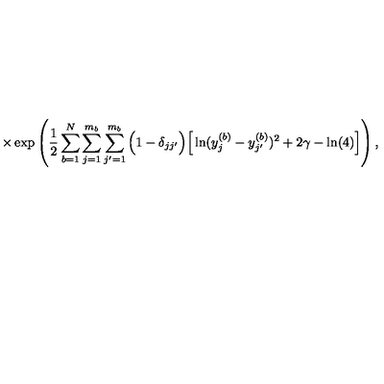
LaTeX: \times \exp \left( \frac { 1 } { 2 } \sum _ { b = 1 } ^ { N } \sum _ { j = 1 } ^ { m _ { b } } \sum _ { j ^ { \prime } = 1 } ^ { m _ { b } } \Big ( 1 - \delta _ { j j ^ { \prime } } \Big ) \Big [ \ln ( y _ { j } ^ { ( b ) } - y _ { j ^ { \prime } } ^ { ( b ) } ) ^ { 2 } + 2 \gamma - \ln ( 4 ) \Big ] \right) ,